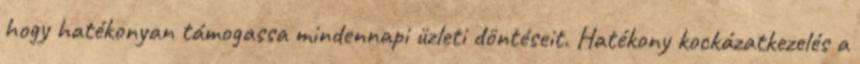
hogy hatékonyan támogassa mindennapi üzleti döntéseit. Hatékony kockázatkezelés a